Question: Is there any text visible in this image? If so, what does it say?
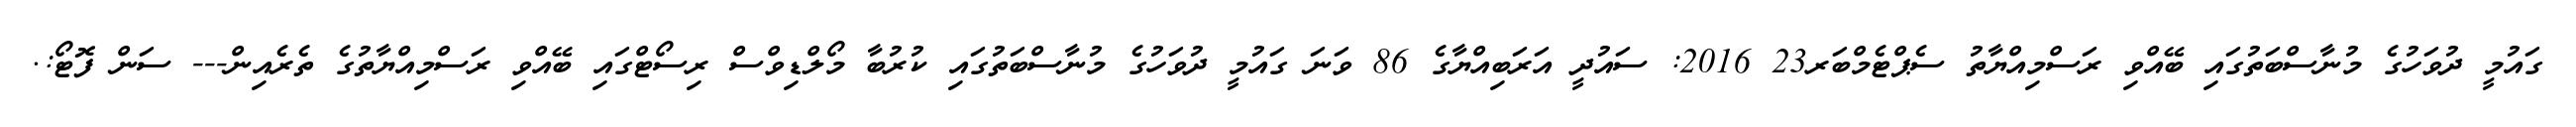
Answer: ގައުމީ ދުވަހުގެ މުނާސްބަތުގައި ބޭއްވި ރަސްމިއްޔާތު ސެޕްޓެމްބަރ23 2016: ސައުދީ އަރަބިއްޔާގެ 86 ވަނަ ގައުމީ ދުވަހުގެ މުނާސްބަތުގައި ކުރުބާ މޯލްޑިވްސް ރިސޯޓްގައި ބޭއްވި ރަސްމިއްޔާތުގެ ތެރެއިން--- ސަން ފޮޓޯ:.